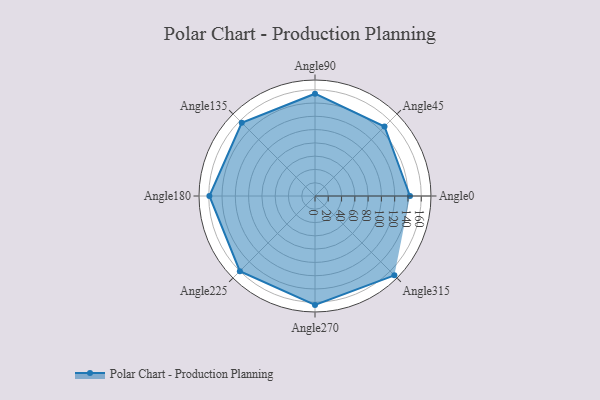
{"axis": {"x": "Angle", "y": "Radius"}, "legend": [""], "data": [{"x": "Angle0", "y": 143.0, "type": ""}, {"x": "Angle45", "y": 148.0, "type": ""}, {"x": "Angle90", "y": 154.0, "type": ""}, {"x": "Angle135", "y": 156.0, "type": ""}, {"x": "Angle180", "y": 159.0, "type": ""}, {"x": "Angle225", "y": 160.0, "type": ""}, {"x": "Angle270", "y": 164.0, "type": ""}, {"x": "Angle315", "y": 169.0, "type": ""}]}